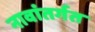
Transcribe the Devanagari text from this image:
नावांतर्गत